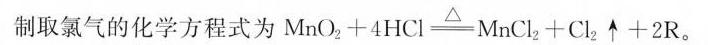
制取氯气的化学方程式为$$M n O _ { 2 } + 4 H C l \xlongequal [ ] { △ } M n C l _ { 2 } + C l _ { 2 } \uparrow + 2 R$$。